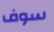
سوف